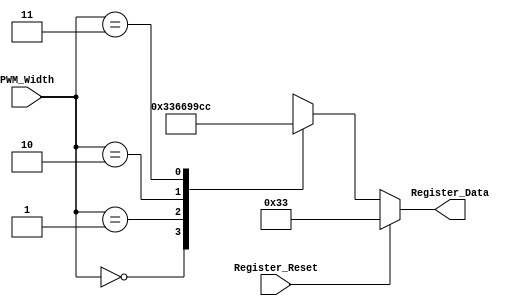
`timescale 1ns / 1ps

// Register of Modulator PWM with controlled pulse-width.
// Submodul
// Design made by

// (c) 2020 , Karol Oniszczuk

module Register(                // Module declaration
    input [1:0] PWM_Width,      // 2-bits control input
    input Register_Reset,       // Reset
    output [7:0] Register_Data  // 8-bits output of data
    );
	 
integer Data_Out;               // Variable "Data_Out" as Integer

always @(PWM_Width, Register_Reset) // Following process is made with sensivity list
begin                           // Begin of process

  if (Register_Reset)           // If Reset = 1
    Data_Out = 51;              // Set the lowest value of Width (20%) 256/5
  else                          // In antoher case select from list below
  
    case (PWM_Width)            // Start of case instruction
      2'b00	: Data_Out = 51;  // 20% of PWM-width
      2'b01   	: Data_Out = 102; // 40% of PWM-width
      2'b10	: Data_Out = 153; // 60% of PWM-width
      2'b11	: Data_Out = 204; // 80% of PWM-width
    endcase                     // End of case
    
end                             // End of process

assign Register_Data = Data_Out; // Data assignment with change of data type Integer to byte

endmodule